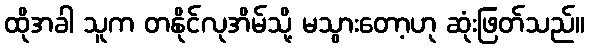
ထိုအခါ သူက တနိုင်လုအိမ်သို့ မသွားတော့ဟု ဆုံးဖြတ်သည်။